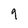
Character: 9